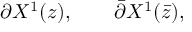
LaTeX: \partial X ^ { 1 } ( z ) , \qquad \bar { \partial } X ^ { 1 } ( \bar { z } ) ,